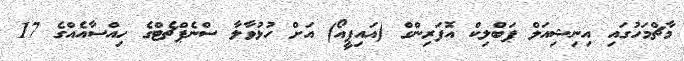
މާޗްމަހުގައި އިނިޝިއަލް ޕަބްލިކް އޮފަރިންގް (އައިޕީއޯ) އަށް ހުޅުވާލާ ސްނެޕްޗެޓްގެ ހިއްސާއެއްގެ 17